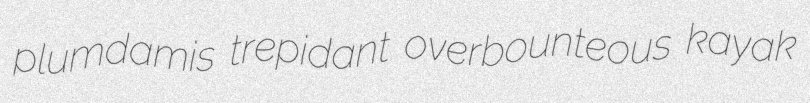
plumdamis trepidant overbounteous kayak